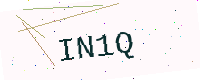
Text: IN1Q